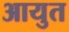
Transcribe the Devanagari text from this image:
आयुत